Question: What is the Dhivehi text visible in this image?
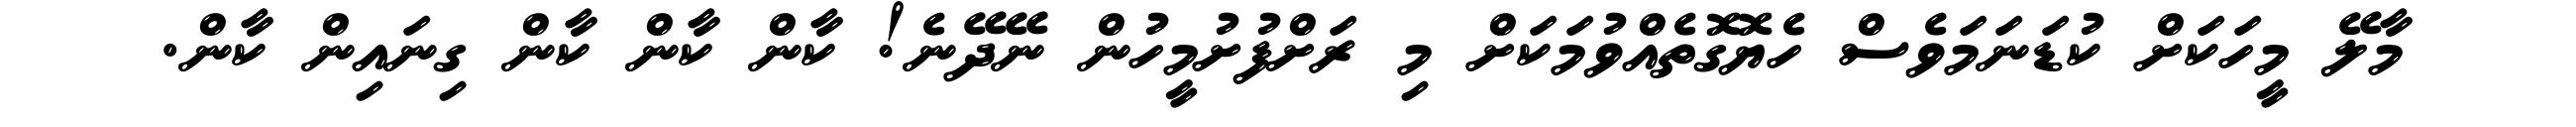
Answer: މާލޭ މީހަކަށް ކުޑަނަމަވެސް ހެޔޮގޮތެއްވުމަކަށް މި ރަށްފުށުމީހުން ނޭދޭނެ! ކާން ކާން ކާން ގިނައިން ކާން.